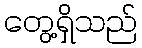
တွေ့ရှိသည်